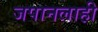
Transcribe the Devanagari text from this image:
जपानलाही